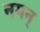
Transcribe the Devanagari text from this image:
नमन्